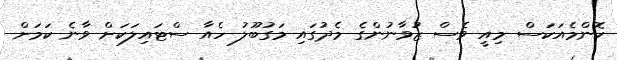
ކޮންމެއަކަސް މިއީ ވެސް ޒުވާނުންގެ މެދުގައި މަގުބޫލު ހެއާ ސްޓައިލަކަށް ވާނެ ކަމަށް